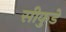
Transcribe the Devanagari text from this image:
सीकुडे